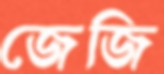
জেজি